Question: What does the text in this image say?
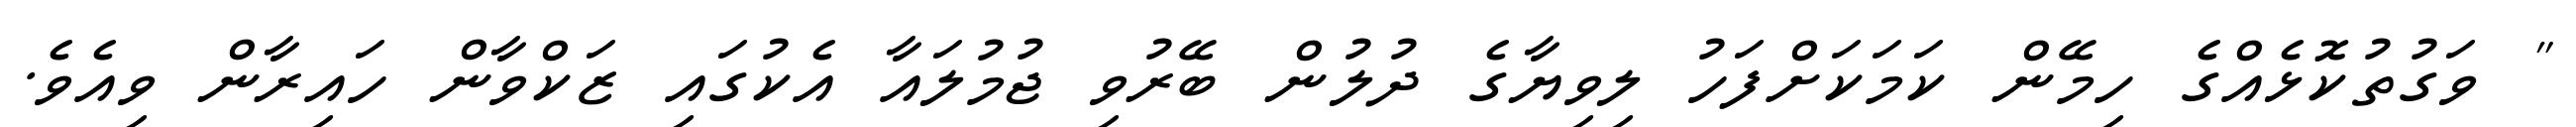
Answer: " ވަގުތުކޮޅެއްގެ ހިމޭން ކަމަކަށްފަހު ލިވިޔާގެ ދުލުން ބޭރުވި ޖުމުލައާ އެކުގައި ޒަކްވާން ހައިރާން ވިއެވެ.